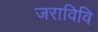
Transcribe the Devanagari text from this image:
जराविवि